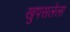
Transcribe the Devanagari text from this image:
खुपसलेला